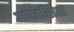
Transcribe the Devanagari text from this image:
अपहसिता